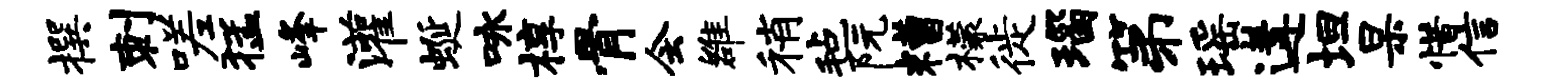
撰刺嗟猛峰灌蜒咏椁骨会雒稍毡阮糟檬徙瑙第瑶遘坦杲惜信